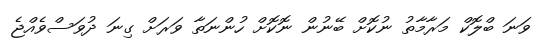
ވަނަ ބްލޮކް މަރާމާތު ނުކޮށް ބޭނުން ނޮކޮށް ހުންނަތާ ވަރަށް ގިނަ ދުވަސްވެއްޖެ